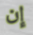
إن